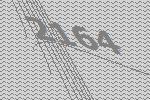
2164